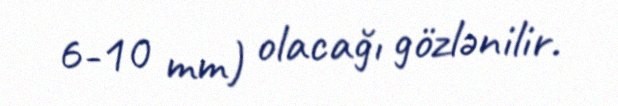
6-10 mm) olacağı gözlənilir.